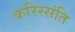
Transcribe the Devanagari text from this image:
करिस्संति